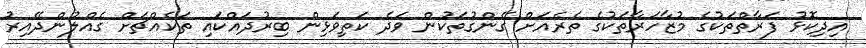
އިދިކޮޅު ފަރާތްތަކުގެ މުޒާހަރާތަކުގެ ތެރެއަށް ގޭންގުތަކުން ވަދެ ކަތިވަޅިން ބިރުދައްކައި ތަކެއްޗަށް ގެއްލުންދޭއިރު